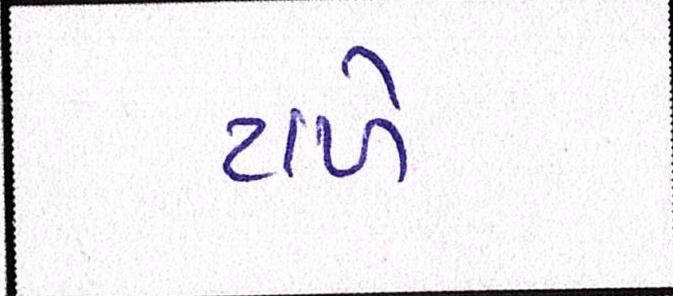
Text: ટાળે